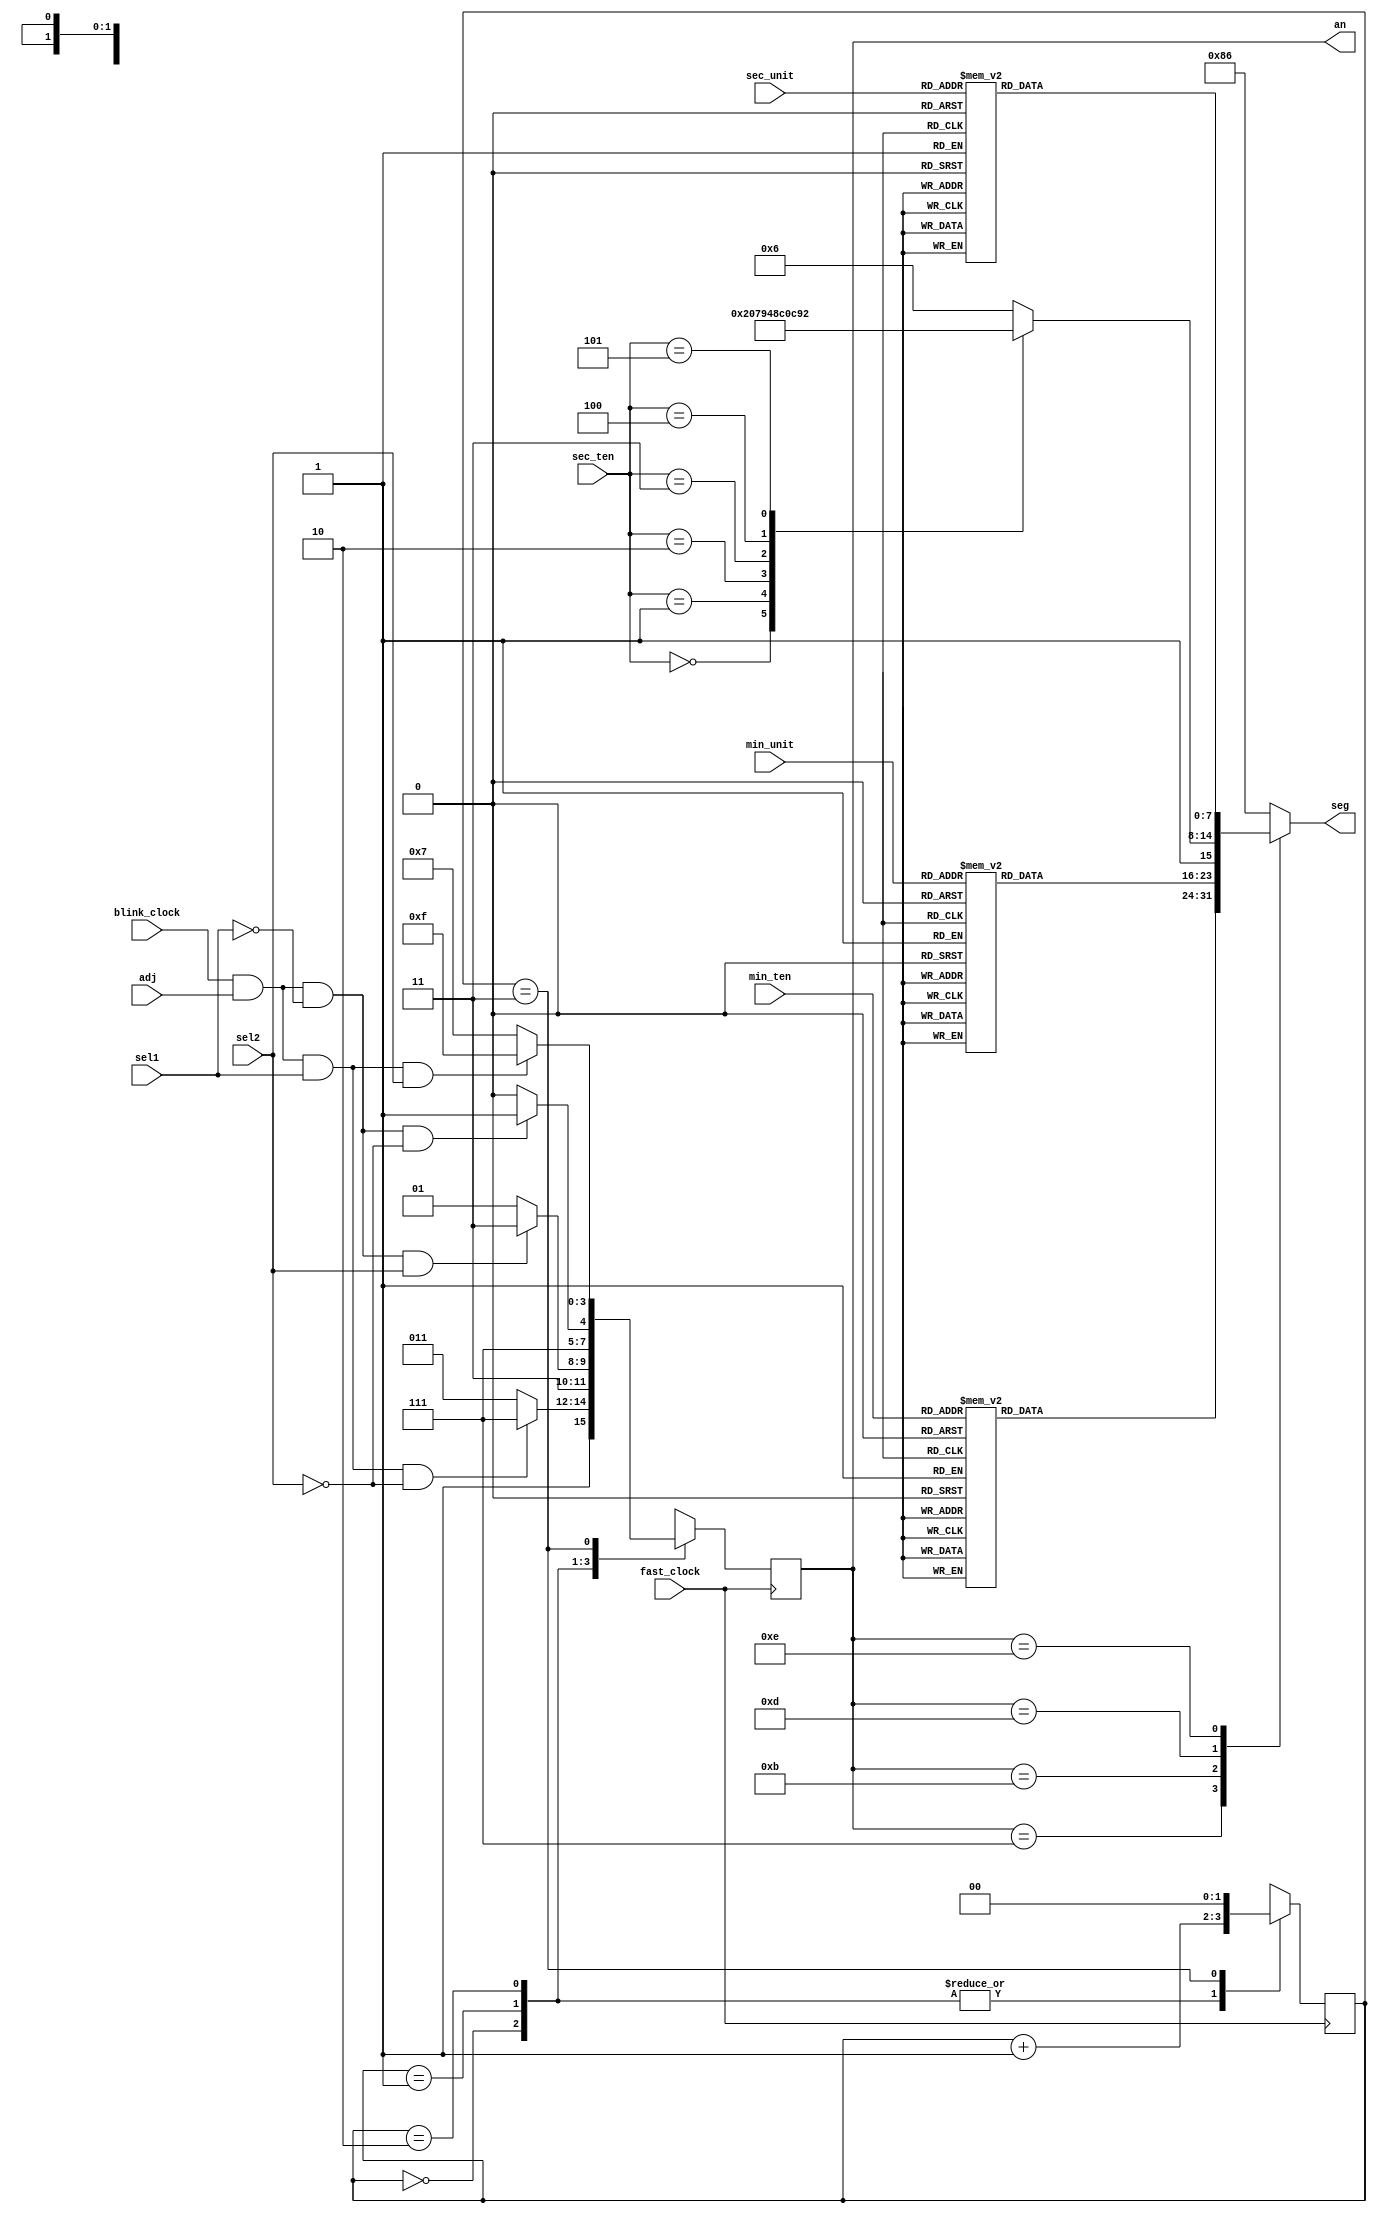
module display(
    input sel1,
	 input sel2,
	 input adj,
    input blink_clock,
    input fast_clock,
    input [3:0] min_ten,
    input [3:0] min_unit,
    input [2:0] sec_ten,
    input [3:0] sec_unit,
	 output reg [7:0] seg,
	 output reg [3:0] an
);

reg [1:0] state;

initial begin
	state <= 0;
end

always @ (posedge fast_clock) begin
	case (state)
		2'b00:
		begin
			state = state + 1;
			if (blink_clock && adj && sel1 && !sel2)
				an <= 4'b1111;
			else
				an <= 4'b1011;
		end
		2'b01:
		begin
			state = state + 1;
			if (blink_clock && adj && !sel1 && sel2)
				an <= 4'b1111;
			else
				an <= 4'b1101;
		end
		2'b10:
		begin
			state = state + 1;
			if (blink_clock && adj && !sel1 && !sel2)
				an <= 4'b1111;
			else
				an <= 4'b1110;
		end
		2'b11:
		begin
			state = 0;
			if (blink_clock && adj && sel1 && sel2)
				an <= 4'b1111;
			else
				an <= 4'b0111;
		end
		default:
				an <= 4'b0111;
	endcase
end

always begin
	case (an)
		4'b0111:
			case (min_ten)
				4'b0000:
					seg <= 8'b11000000;
				4'b0001:
					seg <= 8'b11111001;
				4'b0010:
					seg <= 8'b10100100;
				4'b0011:
					seg <= 8'b10110000;
				4'b0100:
					seg <= 8'b10011001;
				4'b0101:
					seg <= 8'b10010010;
				4'b0110:
					seg <= 8'b10000010;
				4'b0111:
					seg <= 8'b11111000;
				4'b1000:
					seg <= 8'b10000000;
				4'b1001:
					seg <= 8'b10011000;
				default:
					seg <= 8'b10000110;
			endcase
		4'b1011:
			case (min_unit)
				4'b0000:
					seg <= 8'b11000000;
				4'b0001:
					seg <= 8'b11111001;
				4'b0010:
					seg <= 8'b10100100;
				4'b0011:
					seg <= 8'b10110000;
				4'b0100:
					seg <= 8'b10011001;
				4'b0101:
					seg <= 8'b10010010;
				4'b0110:
					seg <= 8'b10000010;
				4'b0111:
					seg <= 8'b11111000;
				4'b1000:
					seg <= 8'b10000000;
				4'b1001:
					seg <= 8'b10011000;
				default:
					seg <= 8'b10000110;
			endcase
		4'b1101:
			case (sec_ten)
				4'b0000:
					seg <= 8'b11000000;
				4'b0001:
					seg <= 8'b11111001;
				4'b0010:
					seg <= 8'b10100100;
				4'b0011:
					seg <= 8'b10110000;
				4'b0100:
					seg <= 8'b10011001;
				4'b0101:
					seg <= 8'b10010010;
				default:
					seg <= 8'b10000110;
			endcase
		4'b1110:
			case (sec_unit)
				4'b0000:
					seg <= 8'b11000000;
				4'b0001:
					seg <= 8'b11111001;
				4'b0010:
					seg <= 8'b10100100;
				4'b0011:
					seg <= 8'b10110000;
				4'b0100:
					seg <= 8'b10011001;
				4'b0101:
					seg <= 8'b10010010;
				4'b0110:
					seg <= 8'b10000010;
				4'b0111:
					seg <= 8'b11111000;
				4'b1000:
					seg <= 8'b10000000;
				4'b1001:
					seg <= 8'b10011000;
				default:
					seg <= 8'b10000110;
			endcase	
		default:
			seg <= 8'b10000110;
	endcase
end

endmodule